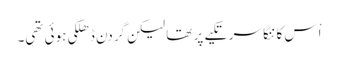
اْس کا ننگا سر تکیے پر تھا لیکن گردن ڈھلکی ہوئی تھی۔